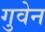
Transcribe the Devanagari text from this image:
गुवेन